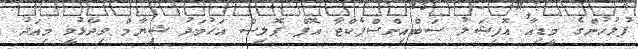
ފުލުހުންގެ މީޑިއާ އޮފިޝަލު ސަބްއިންސްޕެކްޓާ އޮފް ޕޮލިސް އަހުމަދު ޝިޔާމް ވިދާޅުވީ މިއަދު